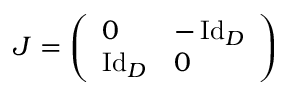
J = \left( \begin{array} { l l } { 0 } & { - \operatorname { I d } _ { D } } \\ { \operatorname { I d } _ { D } } & { 0 } \end{array} \right)